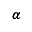
\pmb { \alpha }